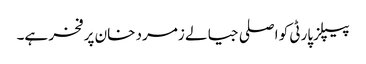
پیپلزپارٹی کو اصلی جیالے زمرد خان پر فخر ہے۔